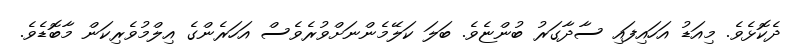
ދެކޮޅެވެ. މިއަޑު އަހައިފައި ސާދާގަރު ބުންޏެވެ. ބަލަ ކަލޭމެންނަށްވުރެވެސް އަހަރެންގެ އިލްމުވެރިކަން މާބޮޑެވެ.